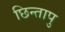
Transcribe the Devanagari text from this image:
छिन्तापु